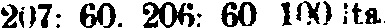
207: 60. 206: 60 100:lta.